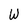
Character: W